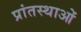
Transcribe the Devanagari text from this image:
प्रांतस्थाओं